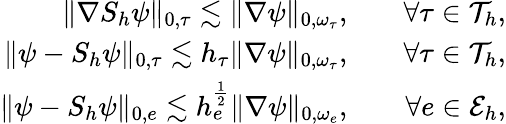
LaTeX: \begin{array}{rlr}{\| \nabla S_{h}\psi\| _{0,\tau}\lesssim\| \nabla\psi\| _{0,\omega_{\tau}},}&{}&{\forall\tau\in\mathcal{T}_{h},}\\ {\| \psi-S_{h}\psi\| _{0,\tau}\lesssim h_{\tau}\| \nabla\psi\| _{0,\omega_{\tau}},}&{}&{\forall\tau\in\mathcal{T}_{h},}\\ {\| \psi-S_{h}\psi\| _{0,e}\lesssim h_{e}^{\frac{1}{2}}\| \nabla\psi\| _{0,\omega_{e}},}&{}&{\forall e\in\mathcal{E}_{h},}\end{array}